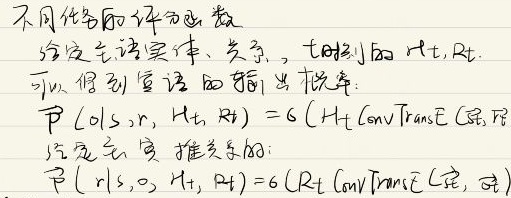
不同类型的评分函数给定实体、关系、时刻的 \(h_t, R_t\)，可以得到查询的推断概率：
\[P(o|s,r, h_t, R_t) = \mathcal{G}(h_t \text{ConvTransE}(s, r))\]
给定关系推断关系的：
\[P(r|s, o, h_t, R_t) = \mathcal{G}(R_t \text{ConvTransE}(s, o))\]